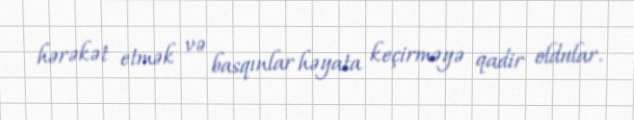
hərəkət etmək və basqınlar həyata keçirməyə qadir oldular.